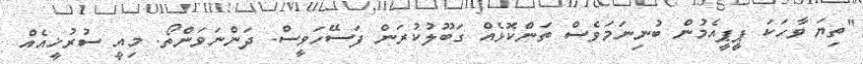
"ތިޔަ ވާހަކަ ޕީޕީއެމުން ބުނިނަމަވެސް ތަންކޮޅެއް ގަބޫލުކުރަން ފަސޭހަވީސް. ދަންނަވަންތޯ. މިއީ ސުރުޚީއެއް